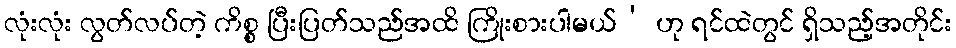
လုံးလုံး လွတ်လပ်တဲ့ ကိစ္စ ပြီးပြတ်သည်အထိ ကြိုးစားပါမယ်’ ဟု ရင်ထဲတွင် ရှိသည့်အတိုင်း